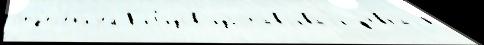
отд'ел'е́н'иjем К'иб'изов изгота́вл'ивал'и ф'еврал'я́